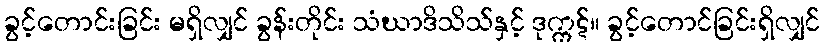
ခွင့်တောင်းခြင်း မရှိလျှင် ခွန်းတိုင်း သံဃာဒိသိသ်နှင့် ဒုက္ကဋ်။ ခွင့်တောင်ခြင်းရှိလျှင်